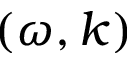
( \omega , k )